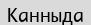
Канныда